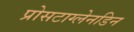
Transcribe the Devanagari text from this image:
प्रोसटाग्लेनडिन